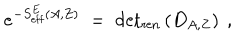
e ^ { - S _ { \mathrm { e f f } } ^ { E } ( A , Z ) } \; = \; \mathrm { d e t } _ { \mathrm { r e n } } \left( D _ { A , Z } \right) ~ ,